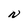
Character: N